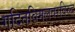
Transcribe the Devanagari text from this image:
गदितविमलवरविरुद